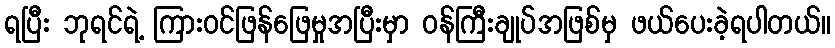
ရပြီး ဘုရင်ရဲ့ ကြားဝင်ဖြန်ဖြေမှုအပြီးမှာ ဝန်ကြီးချုပ်အဖြစ်မှ ဖယ်ပေးခဲ့ရပါတယ်။